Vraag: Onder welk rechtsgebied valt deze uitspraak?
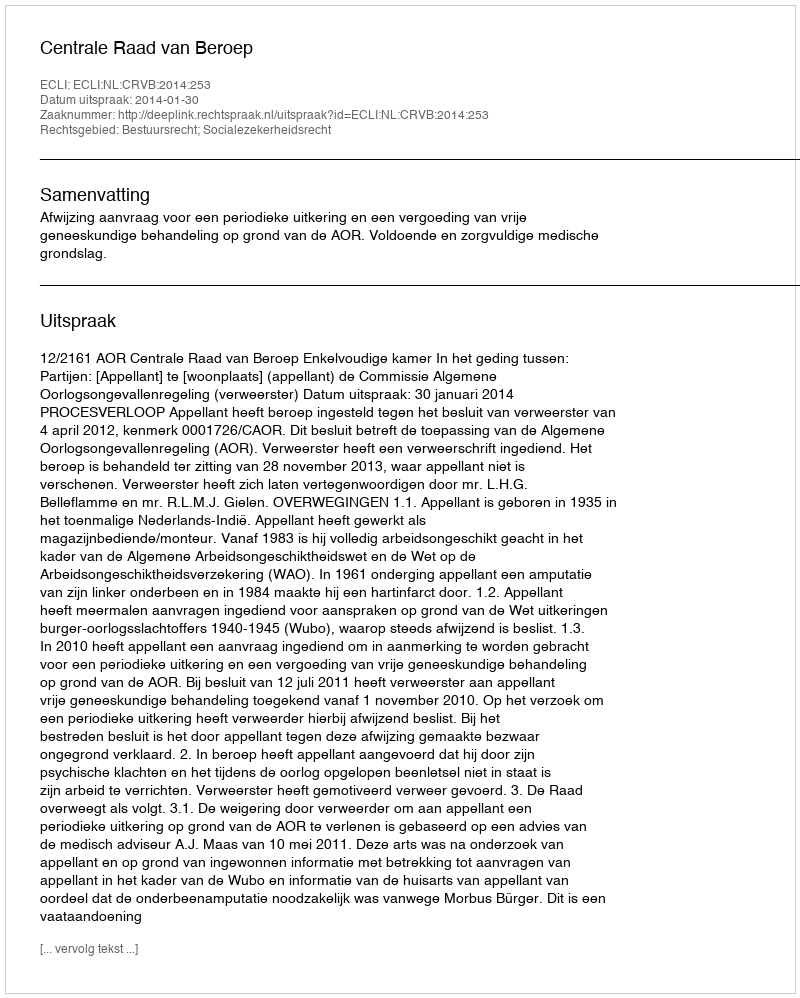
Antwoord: Bestuursrecht; Socialezekerheidsrecht